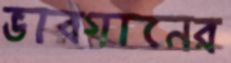
ভাবগানের